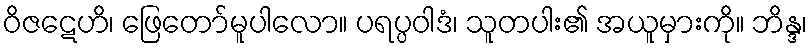
ဝိဇဋေဟိ၊ ဖြေတော်မူပါလော။ ပရပ္ပဝါဒံ၊ သူတပါး၏ အယူမှားကို။ ဘိန္ဒ၊